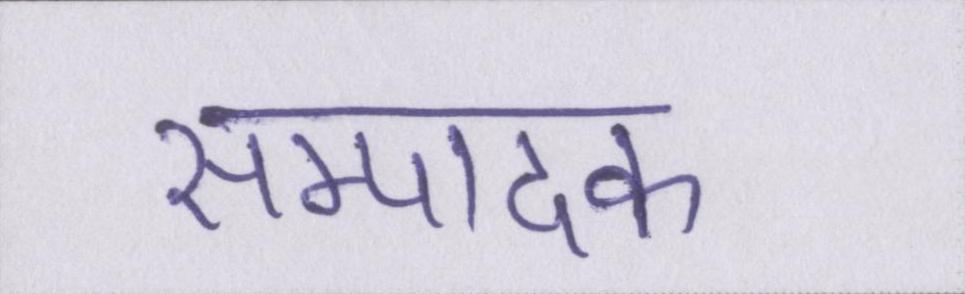
सम्पादक